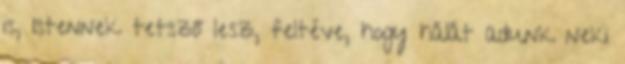
is, Istennek tetsző lesz, feltéve, hogy hálát adunk neki